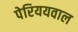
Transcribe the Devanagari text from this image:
पेरिययवाल